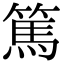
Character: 篤